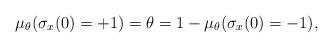
LaTeX: \begin{align*} \mu_{\theta} (\sigma_x (0) = + 1) = \theta = 1 - \mu_{\theta} (\sigma_x (0) = - 1),\end{align*}